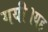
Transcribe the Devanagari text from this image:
गयी।यह